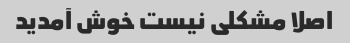
اصلا مشکلی نیست خوش آمدید